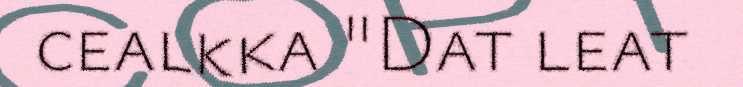
cealkka "Dat leat